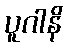
ပူဂါနိ